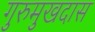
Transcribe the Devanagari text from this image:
गुरुमुखदास